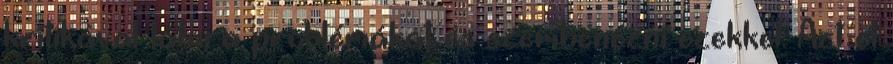
kritikával látni a problémákat és szembenézni ezekkel. Azt el